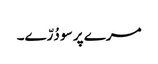
مرے پر سو دُرّے۔